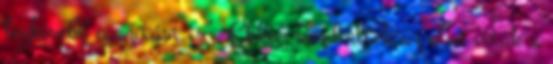
legkisebb igazítást is”. Ekkor kezdődtek az első viták a